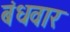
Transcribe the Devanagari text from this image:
बंधवार